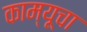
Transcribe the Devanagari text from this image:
काम्यूचा